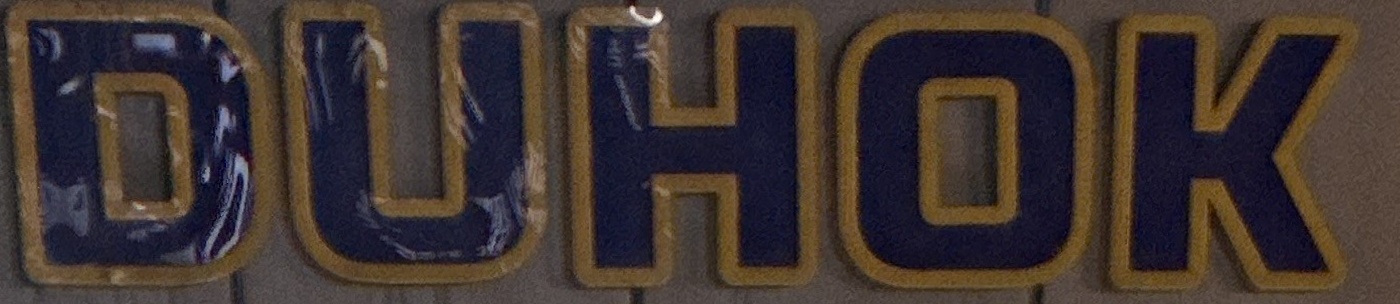
DUHOK